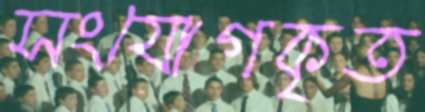
সংযোগকৃত